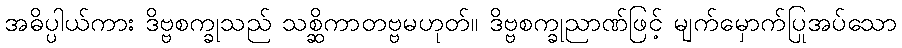
အဓိပ္ပါယ်ကား ဒိဗ္ဗစက္ခုသည် သစ္ဆိကာတဗ္ဗမဟုတ်။ ဒိဗ္ဗစက္ခုညာဏ်ဖြင့် မျက်မှောက်ပြုအပ်သော